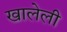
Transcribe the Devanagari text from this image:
खालेली